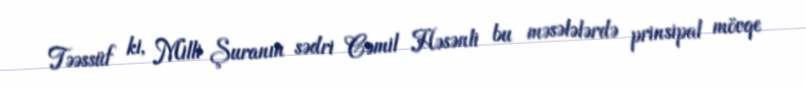
Təəssüf ki, Milli Şuranın sədri Cəmil Həsənli bu məsələlərdə prinsipal mövqe